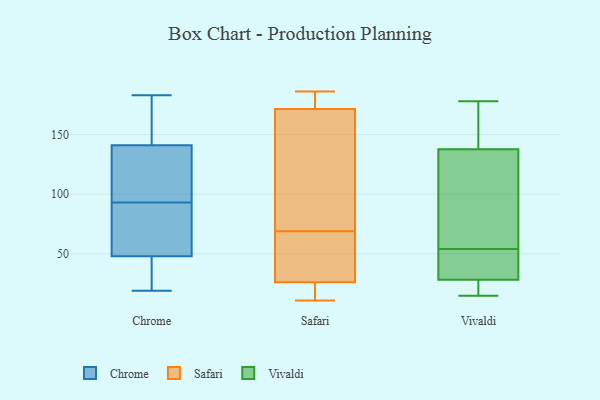
{"axis": {"x": "Gross Profit (USD K)", "y": "Value"}, "legend": ["Chrome", "Safari", "Vivaldi"], "data": [{"x": "", "y": 19, "type": "Chrome"}, {"x": "", "y": 120, "type": "Chrome"}, {"x": "", "y": 46, "type": "Chrome"}, {"x": "", "y": 53, "type": "Chrome"}, {"x": "", "y": 26, "type": "Chrome"}, {"x": "", "y": 88, "type": "Chrome"}, {"x": "", "y": 183, "type": "Chrome"}, {"x": "", "y": 135, "type": "Chrome"}, {"x": "", "y": 50, "type": "Chrome"}, {"x": "", "y": 131, "type": "Chrome"}, {"x": "", "y": 171, "type": "Chrome"}, {"x": "", "y": 45, "type": "Chrome"}, {"x": "", "y": 34, "type": "Chrome"}, {"x": "", "y": 68, "type": "Chrome"}, {"x": "", "y": 98, "type": "Chrome"}, {"x": "", "y": 114, "type": "Chrome"}, {"x": "", "y": 147, "type": "Chrome"}, {"x": "", "y": 53, "type": "Chrome"}, {"x": "", "y": 175, "type": "Chrome"}, {"x": "", "y": 172, "type": "Chrome"}, {"x": "", "y": 186, "type": "Safari"}, {"x": "", "y": 183, "type": "Safari"}, {"x": "", "y": 122, "type": "Safari"}, {"x": "", "y": 21, "type": "Safari"}, {"x": "", "y": 28, "type": "Safari"}, {"x": "", "y": 69, "type": "Safari"}, {"x": "", "y": 170, "type": "Safari"}, {"x": "", "y": 54, "type": "Safari"}, {"x": "", "y": 37, "type": "Safari"}, {"x": "", "y": 118, "type": "Safari"}, {"x": "", "y": 15, "type": "Safari"}, {"x": "", "y": 176, "type": "Safari"}, {"x": "", "y": 11, "type": "Safari"}, {"x": "", "y": 32, "type": "Vivaldi"}, {"x": "", "y": 154, "type": "Vivaldi"}, {"x": "", "y": 54, "type": "Vivaldi"}, {"x": "", "y": 54, "type": "Vivaldi"}, {"x": "", "y": 26, "type": "Vivaldi"}, {"x": "", "y": 76, "type": "Vivaldi"}, {"x": "", "y": 145, "type": "Vivaldi"}, {"x": "", "y": 15, "type": "Vivaldi"}, {"x": "", "y": 98, "type": "Vivaldi"}, {"x": "", "y": 19, "type": "Vivaldi"}, {"x": "", "y": 165, "type": "Vivaldi"}, {"x": "", "y": 116, "type": "Vivaldi"}, {"x": "", "y": 27, "type": "Vivaldi"}, {"x": "", "y": 178, "type": "Vivaldi"}, {"x": "", "y": 52, "type": "Vivaldi"}]}